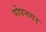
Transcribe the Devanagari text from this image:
पोपनगर